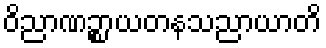
ဝိညာဏဉ္စာယတနသညာယာတိ